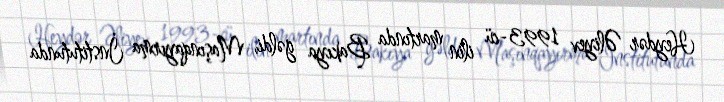
Heydər Əliyev 1993-cü ilin martında Bakıya gəldi, Maşınqayırma İnstitutunda